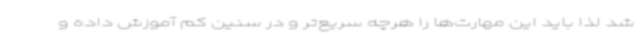
شد لذا باید این مهارت‌ها را هرچه سریع‌تر و در سنین کم آموزش داده و